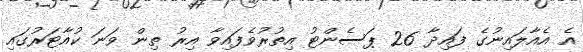
އެ އެއާލައިނުގެ ފައިދާ 26 ޕަސެންޓު އިތުރުވެފައިވާ އިރު ތިން ވަނަ ކުއާޓަރުގައި